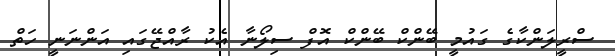
ސްރީލަންކާގެ ގައުމީ ބޭންކް ބޭންކް އޮފް ސިލޯނާ އެކު ރާއްޖޭގައި އަންނަނީ ހަތް